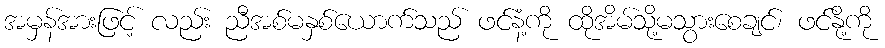
အမှန်အားဖြင့် လည်း ညီအစ်မနှစ်ယောက်သည် ဖင်နံ့ကို ထိုအိမ်သို့မသွားစေချင်၊ ဖင်နို့ကို